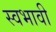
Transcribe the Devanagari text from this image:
स्वभावी